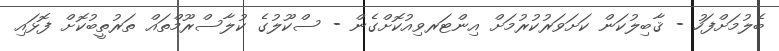
ބެލުމަށްފަހު - ޤާބިލުކަން ކަށަވަރުކުރުމަށް އިންޓަރވިއުކޮށްގެން - ސްކޫލުގެ ކުލާސްރޫމްތައް ތަރުތީބުކޮށް ފޮޅައި